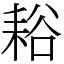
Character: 䎥